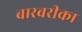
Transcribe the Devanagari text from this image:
बारबरीका